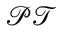
\mathcal { P T }